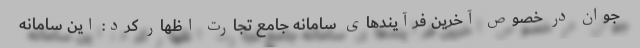
جوان در خصوص آخرین فرآیند‌های سامانه جامع تجارت اظهار کرد: این سامانه